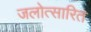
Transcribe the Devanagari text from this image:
जलोत्सारित